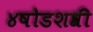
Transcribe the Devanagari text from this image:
४षोडशश्री